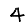
Digit: 4